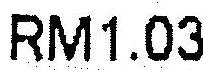
RM1.03